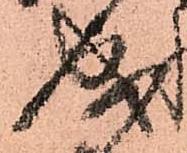
成